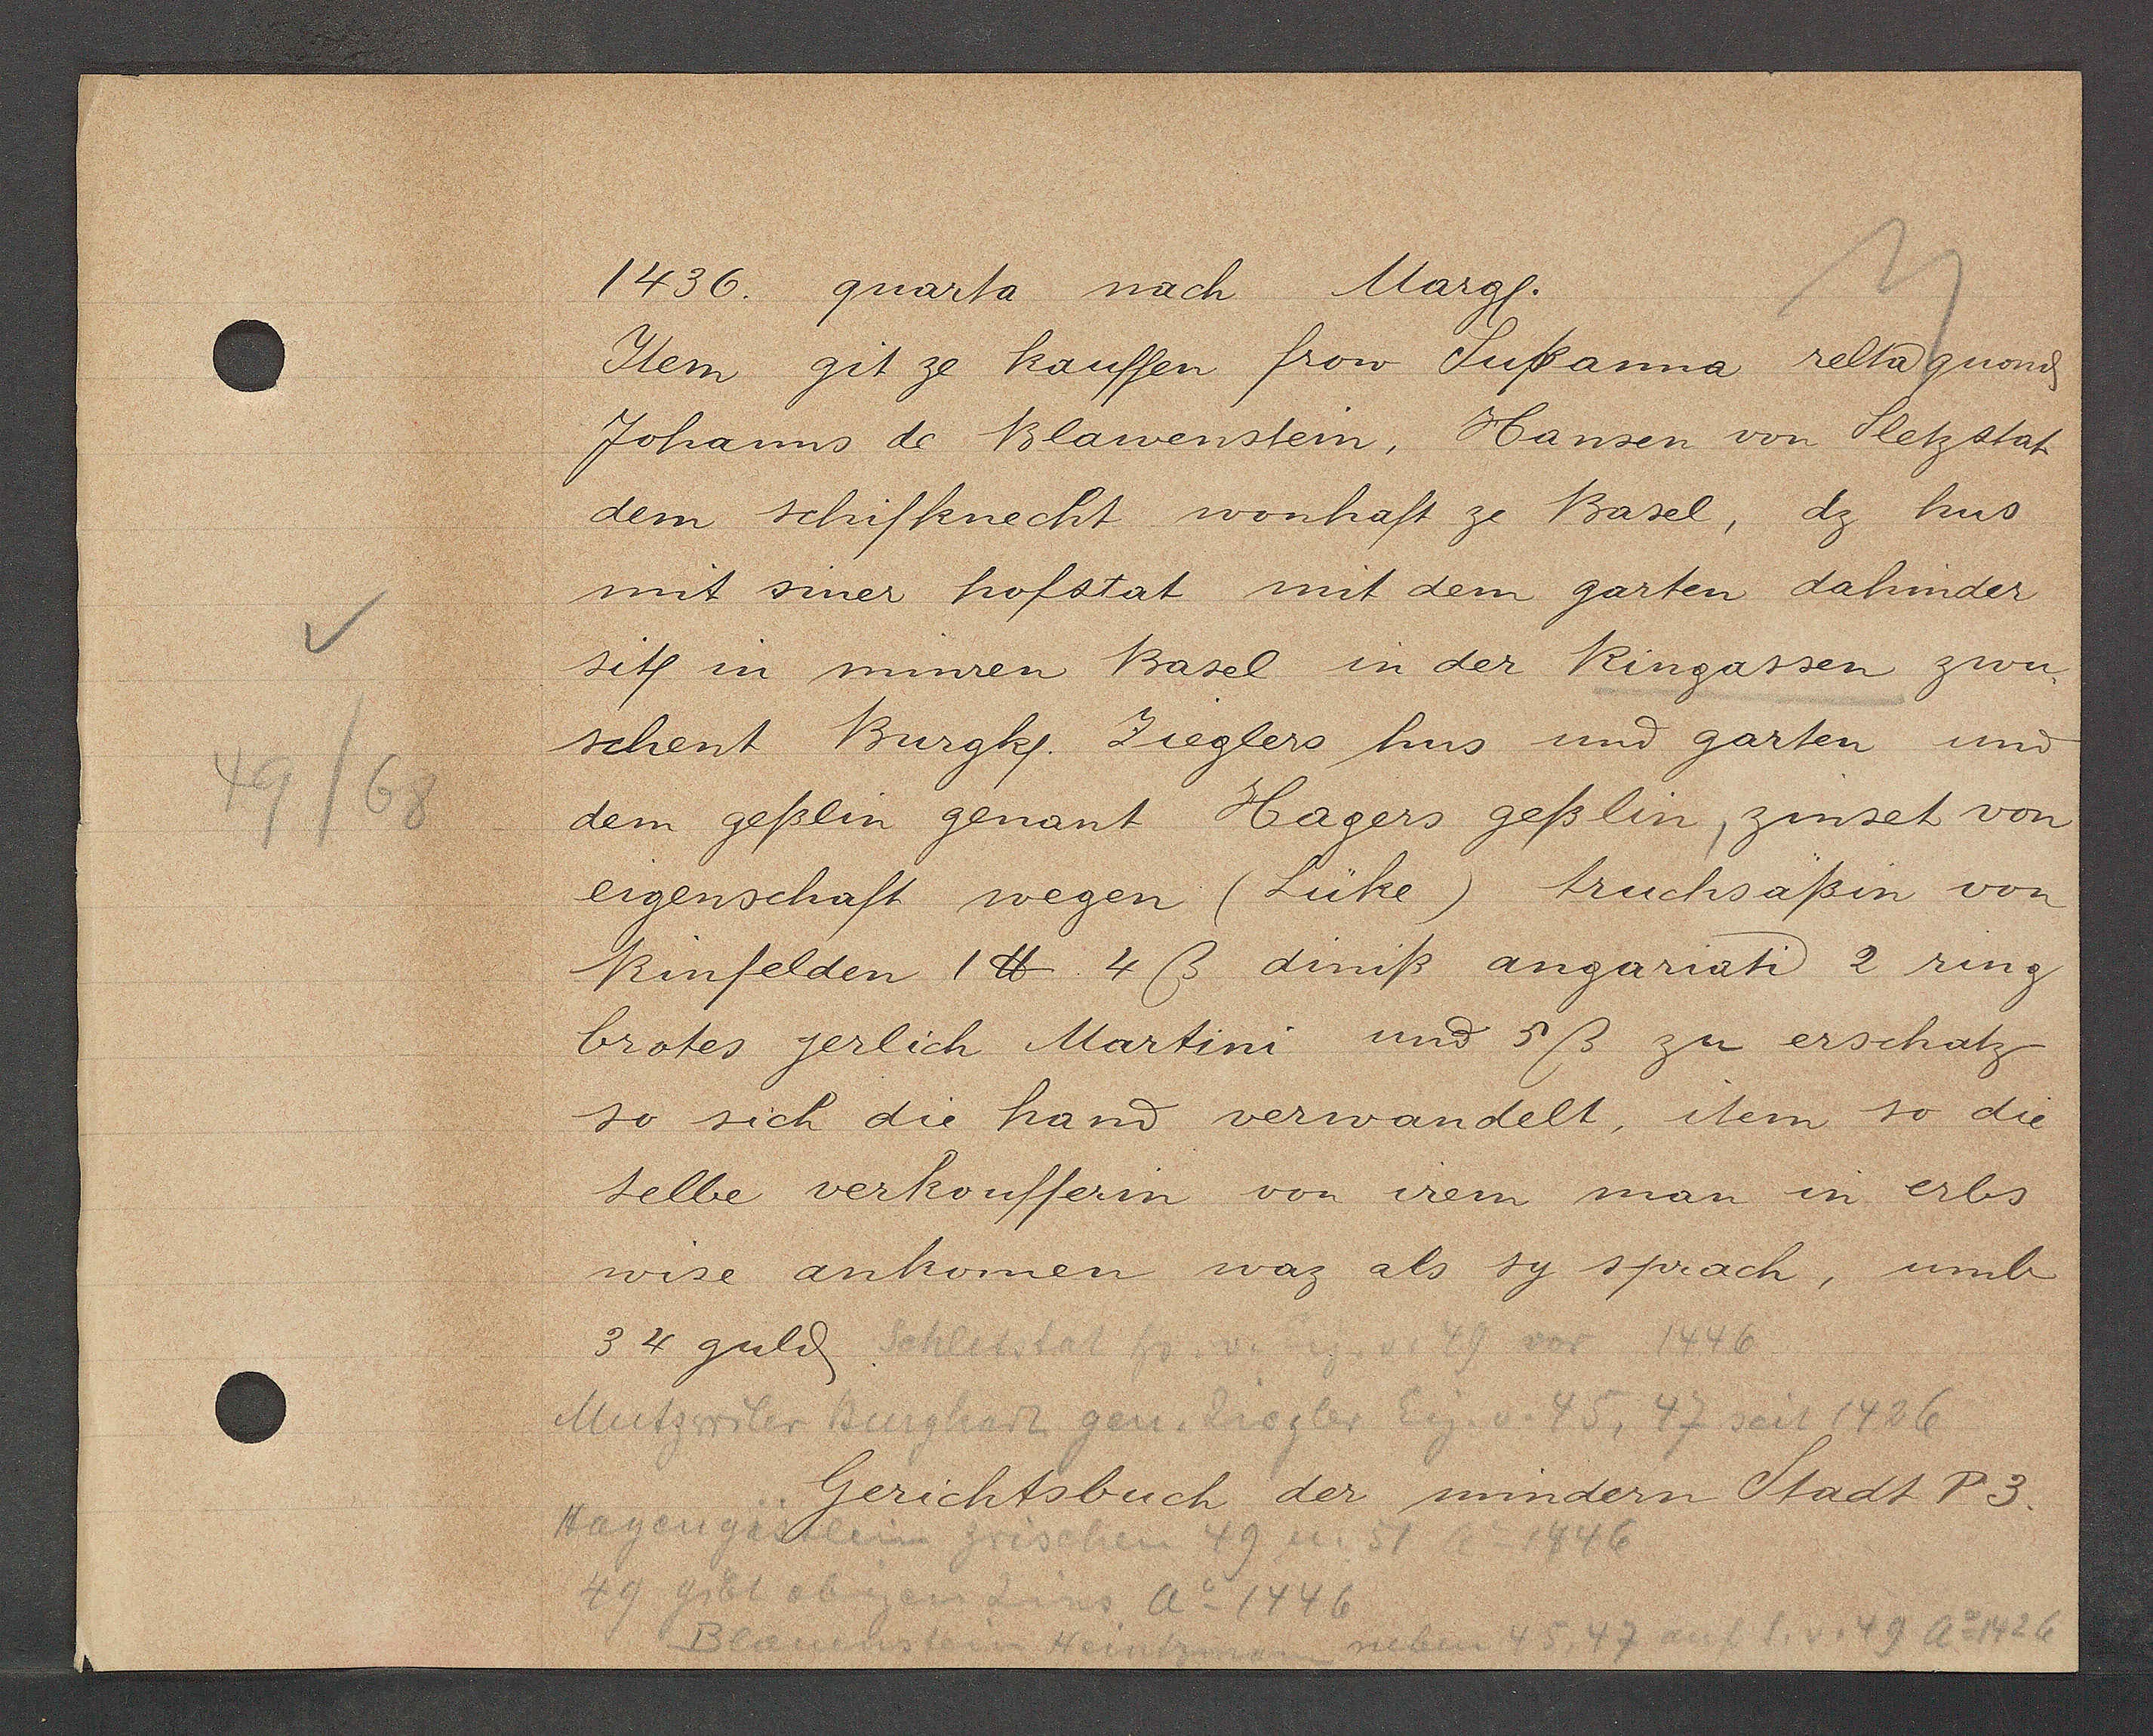
Transcript:
49/68

1436. qnarta nach Margl.

Item git ze kauffen frow Sußanna relta gnonȡ
Johanns de Blawenstein, Hansen von Sletzstat
dem schifknecht wonhaft ze Basel, dz hus
mit siner hofstat mit dem garten dahinder
sitf in minren Basel in der Ringassen zwu-
schent Burgkf. Zieglers hus und garten und
dem geßlin genant Hagers geßlin, zinset von
eigenschaft wegen (Lüke) truchsäßin von
Rinfelden 1 ℔. 4 ß diniß angariati 2 ring
brotes jerlich Martini und 5ß zu erschatz
so sich die hand verwandelt, item so die
selbe verkoufferin von irem man in erbs
wise anhomen waz als sy sprach, umb
34 guld.

Schlitstat hs v. Eig. v. 49 vor 1446

Murtzwiler Busgharz gen. Ziegler Eig. v. 45, 47 seit 1426

Gerichtsbuch der mindern Stadt P3.

Hagengässlein zwischen 49 u. 57 Ao 1446
49 gibt obigen Zins ao1446
Blauenstein Heintzman neben 45, 47 auf S. v. 49 ao 1426